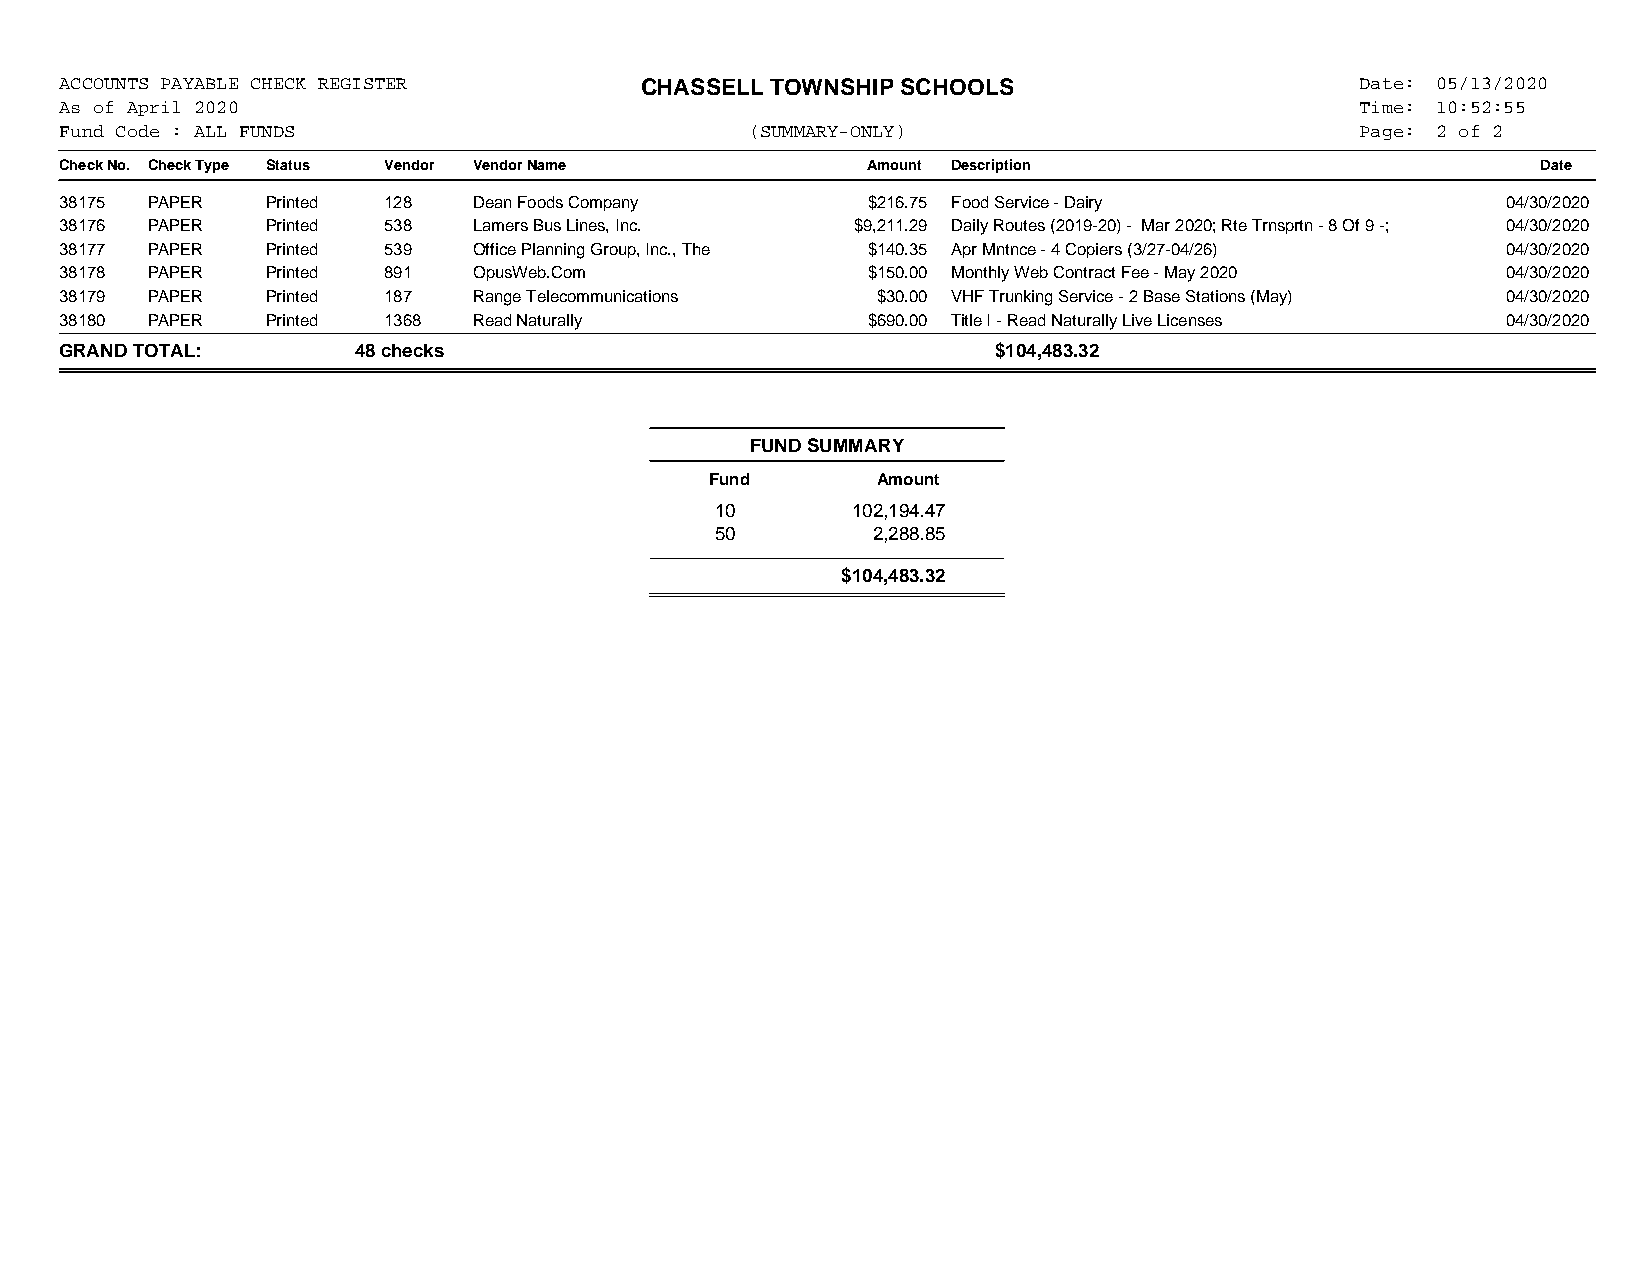
ACCOUNTS PAYABLE CHECK REGISTER       CHASSELL TOWNSHIP SCHOOLS                       Date: 05/13/2020
 As of April 2020                                                                      Time: 10:52:55
 Fund Code : ALL FUNDS                         (SUMMARY-ONLY)                          Page: 2 of 2
 Check No. Check Type Status Vendor Vendor Name       Amount Description                           Date
 38175 PAPER   Printed 128  Dean Foods Company        $216.75 Food Service - Dairy               04/30/2020
 38176 PAPER   Printed 538  Lamers Bus Lines, Inc.   $9,211.29 Daily Routes (2019-20) - Mar 2020; Rte Trnsprtn - 8 Of 9 -; 04/30/2020
 38177 PAPER   Printed 539  Office Planning Group, Inc., The $140.35 Apr Mntnce - 4 Copiers (3/27-04/26) 04/30/2020
 38178 PAPER   Printed 891  OpusWeb.Com               $150.00 Monthly Web Contract Fee - May 2020 04/30/2020
 38179 PAPER   Printed 187  Range Telecommunications   $30.00 VHF Trunking Service - 2 Base Stations (May) 04/30/2020
 38180 PAPER   Printed 1368 Read Naturally            $690.00 Title I - Read Naturally Live Licenses 04/30/2020
 GRAND TOTAL:       48 checks                                  $104,483.32
 FUND SUMMARY
 Fund       Amount
 10       102,194.47
 50         2,288.85
 $104,483.32